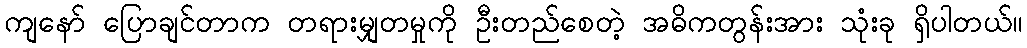
ကျနော် ပြောချင်တာက တရားမျှတမှုကို ဦးတည်စေတဲ့ အဓိကတွန်းအား သုံးခု ရှိပါတယ်။